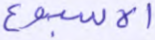
الأسبوع